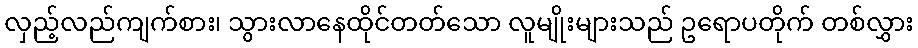
လှည့်လည်ကျက်စား၊ သွားလာနေထိုင်တတ်သော လူမျိုးများသည် ဥရောပတိုက် တစ်လွှား